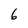
Character: 6